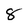
Character: 8